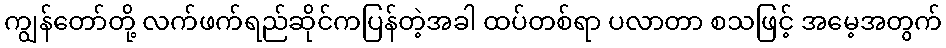
ကျွန်တော်တို့ လက်ဖက်ရည်ဆိုင်ကပြန်တဲ့အခါ ထပ်တစ်ရာ ပလာတာ စသဖြင့် အမေ့အတွက်